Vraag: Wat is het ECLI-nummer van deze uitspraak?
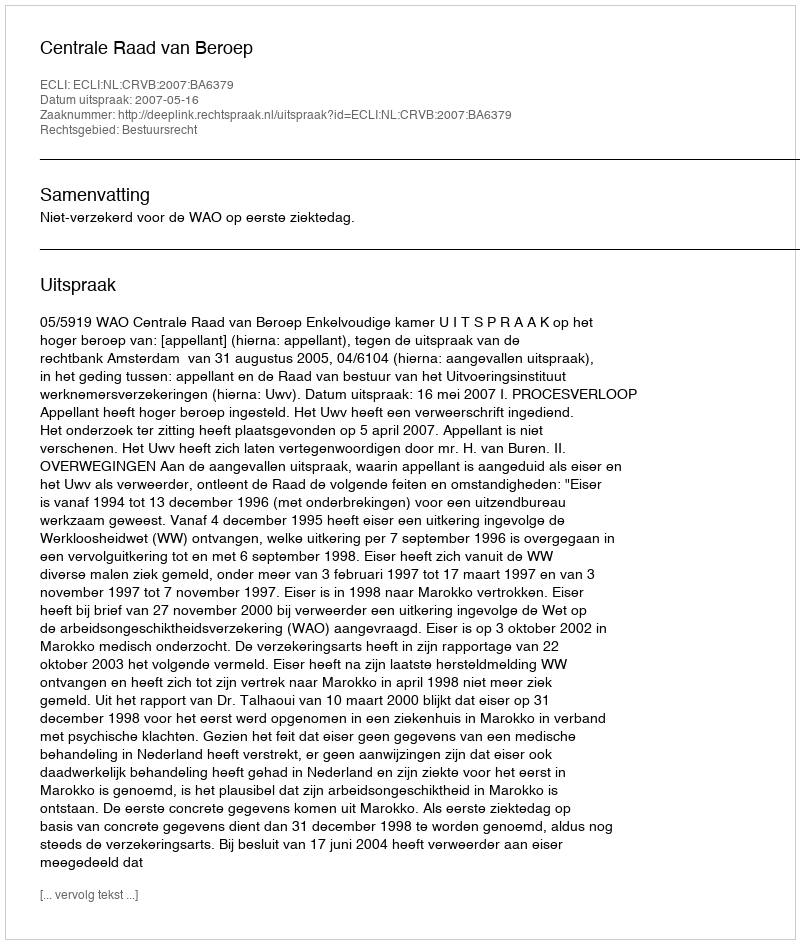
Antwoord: ECLI:NL:CRVB:2007:BA6379